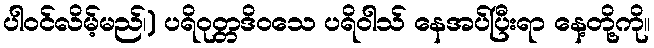
ပါဝင်လိမ့်မည်၊) ပရိဝုတ္တဒိဝသေ ပရိဝါသ် နေအပ်ပြီးရာ နေ့တို့ကို။